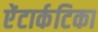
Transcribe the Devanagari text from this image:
ऐंटार्कटिका